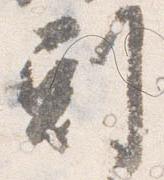
剋